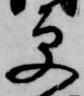
更